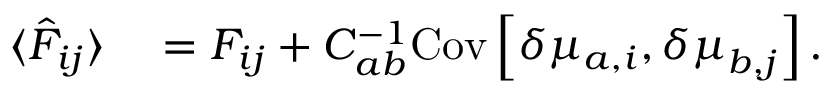
\begin{array} { r l } { \langle \hat { F } _ { i j } \rangle } & { { } = F _ { i j } + { C } _ { a b } ^ { - 1 } \mathrm { C o v } \left[ \delta { \mu } _ { a , i } , { \delta \mu } _ { b , j } \right] . } \end{array}